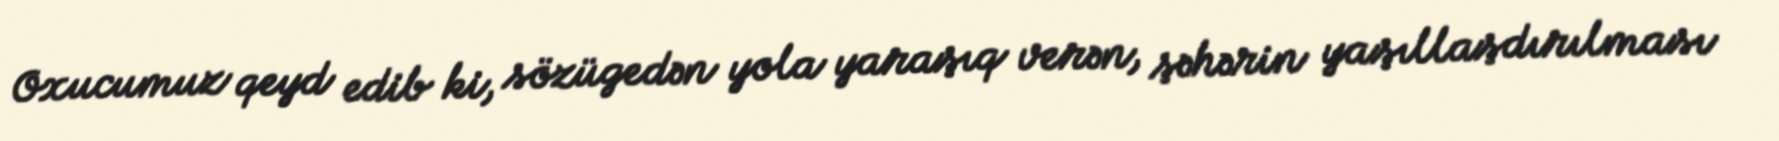
Oxucumuz qeyd edib ki, sözügedən yola yaraşıq verən, şəhərin yaşıllaşdırılması